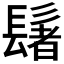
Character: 𫙀